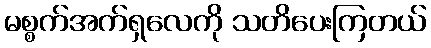
မစ္စက်အက်ရှလေကို သတိပေးကြတယ်